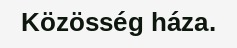
Közösség háza.